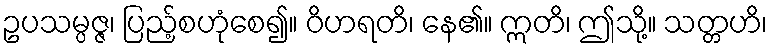
ဥပသမ္ပဇ္ဇ၊ ပြည့်စဟုံစေ၍။ ဝိဟရတိ၊ နေ၏။ ဣတိ၊ ဤသို့။ သတ္တဟိ၊